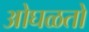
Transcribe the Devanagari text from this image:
ओघळतो